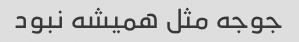
جوجه مثل همیشه نبود